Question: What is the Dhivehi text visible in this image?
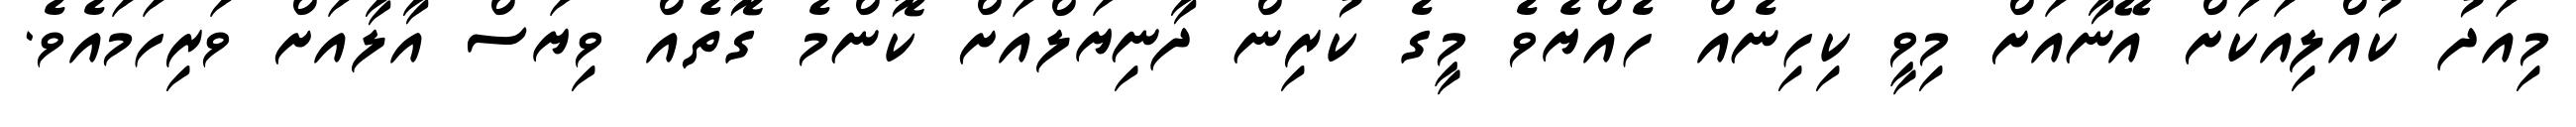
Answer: މިއަދު ކުއްލިއަކަށް އޭނާއަށް މިވީ ކިހިނެއް ހެއްޔެވެ މީގެ ކުރިން ދާނިޔަލްއަށް ކޮންމެ ގޮތެއް ވިޔަސް އާލާއަށް ވަރިހަމައެވެ.